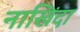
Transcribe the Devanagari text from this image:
नाखिंदा